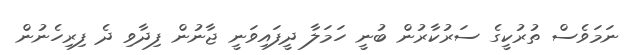
ނަމަވެސް ތުރުކީގެ ސަރުކާރުން ބުނީ ހަމަލާ ދީފައިވަނީ ޖާނުން ފިދާވި ދެ ފިރިހެނުން